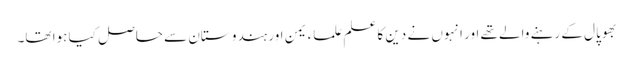
بھوپال کے رہنے والے تھے اور انہوں نے دین کا علم علماء یمن اور ہندو ستان سے حاصل کیا ہوا تھا۔